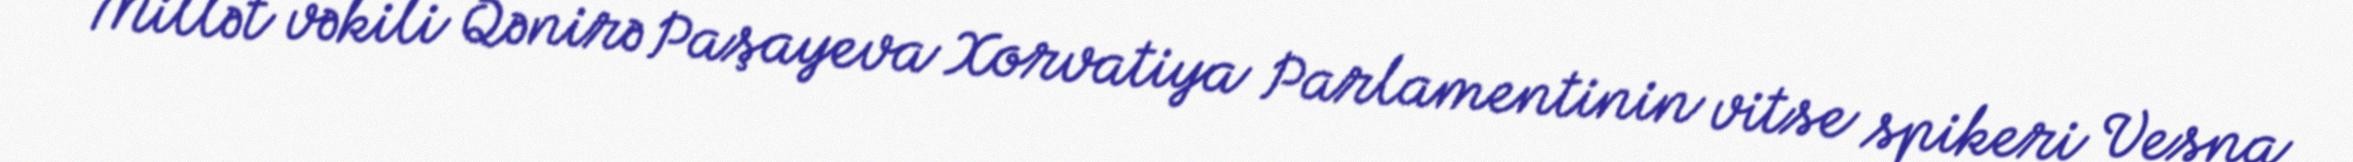
Millət vəkili Qənirə Paşayeva Xorvatiya Parlamentinin vitse spikeri Vesna